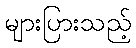
များပြားသည့်